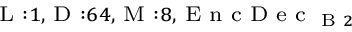
_ { \textrm { L } : 1 , \textrm { D } : 6 4 , \textrm { M } : 8 , \textrm { E n c D e c } _ { \textrm { B } 2 } }